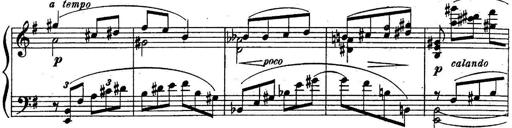
Title: Sonatine
Composer: Adrian Shaposhnikov
Key: E minor